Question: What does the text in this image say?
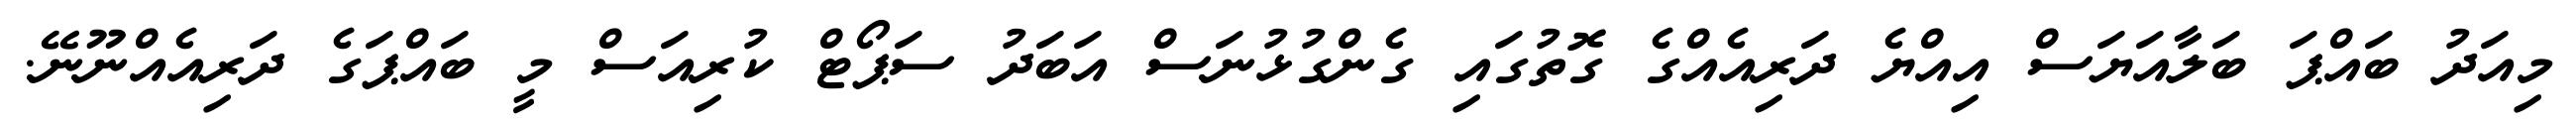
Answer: މިއަދު ބައްޕަ ބަލާއަޔަސް އިއްޔެ ދަރިއެއްގެ ގޮތުގައި ގެންގުޅުނަސް އަބަދު ސަޕޯޓް ކުރިއަސް މީ ބައްޕަގެ ދަރިއެއްނޫނޭ.